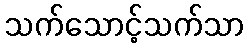
သက်သောင့်သက်သာ